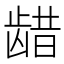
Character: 𫜬